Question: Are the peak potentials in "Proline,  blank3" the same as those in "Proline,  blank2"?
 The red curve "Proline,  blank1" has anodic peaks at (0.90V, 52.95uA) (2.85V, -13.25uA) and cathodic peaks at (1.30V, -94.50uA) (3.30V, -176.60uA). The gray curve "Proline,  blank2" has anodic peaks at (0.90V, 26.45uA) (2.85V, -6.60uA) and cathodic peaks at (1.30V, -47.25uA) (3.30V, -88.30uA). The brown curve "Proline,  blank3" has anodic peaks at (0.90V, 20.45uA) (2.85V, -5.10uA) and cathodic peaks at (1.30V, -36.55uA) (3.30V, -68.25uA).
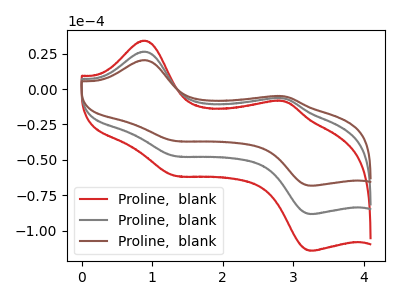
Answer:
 <answer>Yes, "Proline,  blank3" have a peak in "Proline,  blank2" at the same potential.</answer>
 <eval>match</eval>